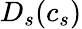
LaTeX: D_{s}(c_{s})